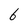
Character: 6